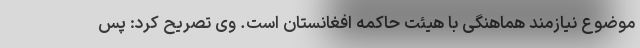
موضوع نیازمند هماهنگی با هیئت حاکمه افغانستان است. وی تصریح کرد: پس